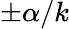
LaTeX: \pm\alpha/k